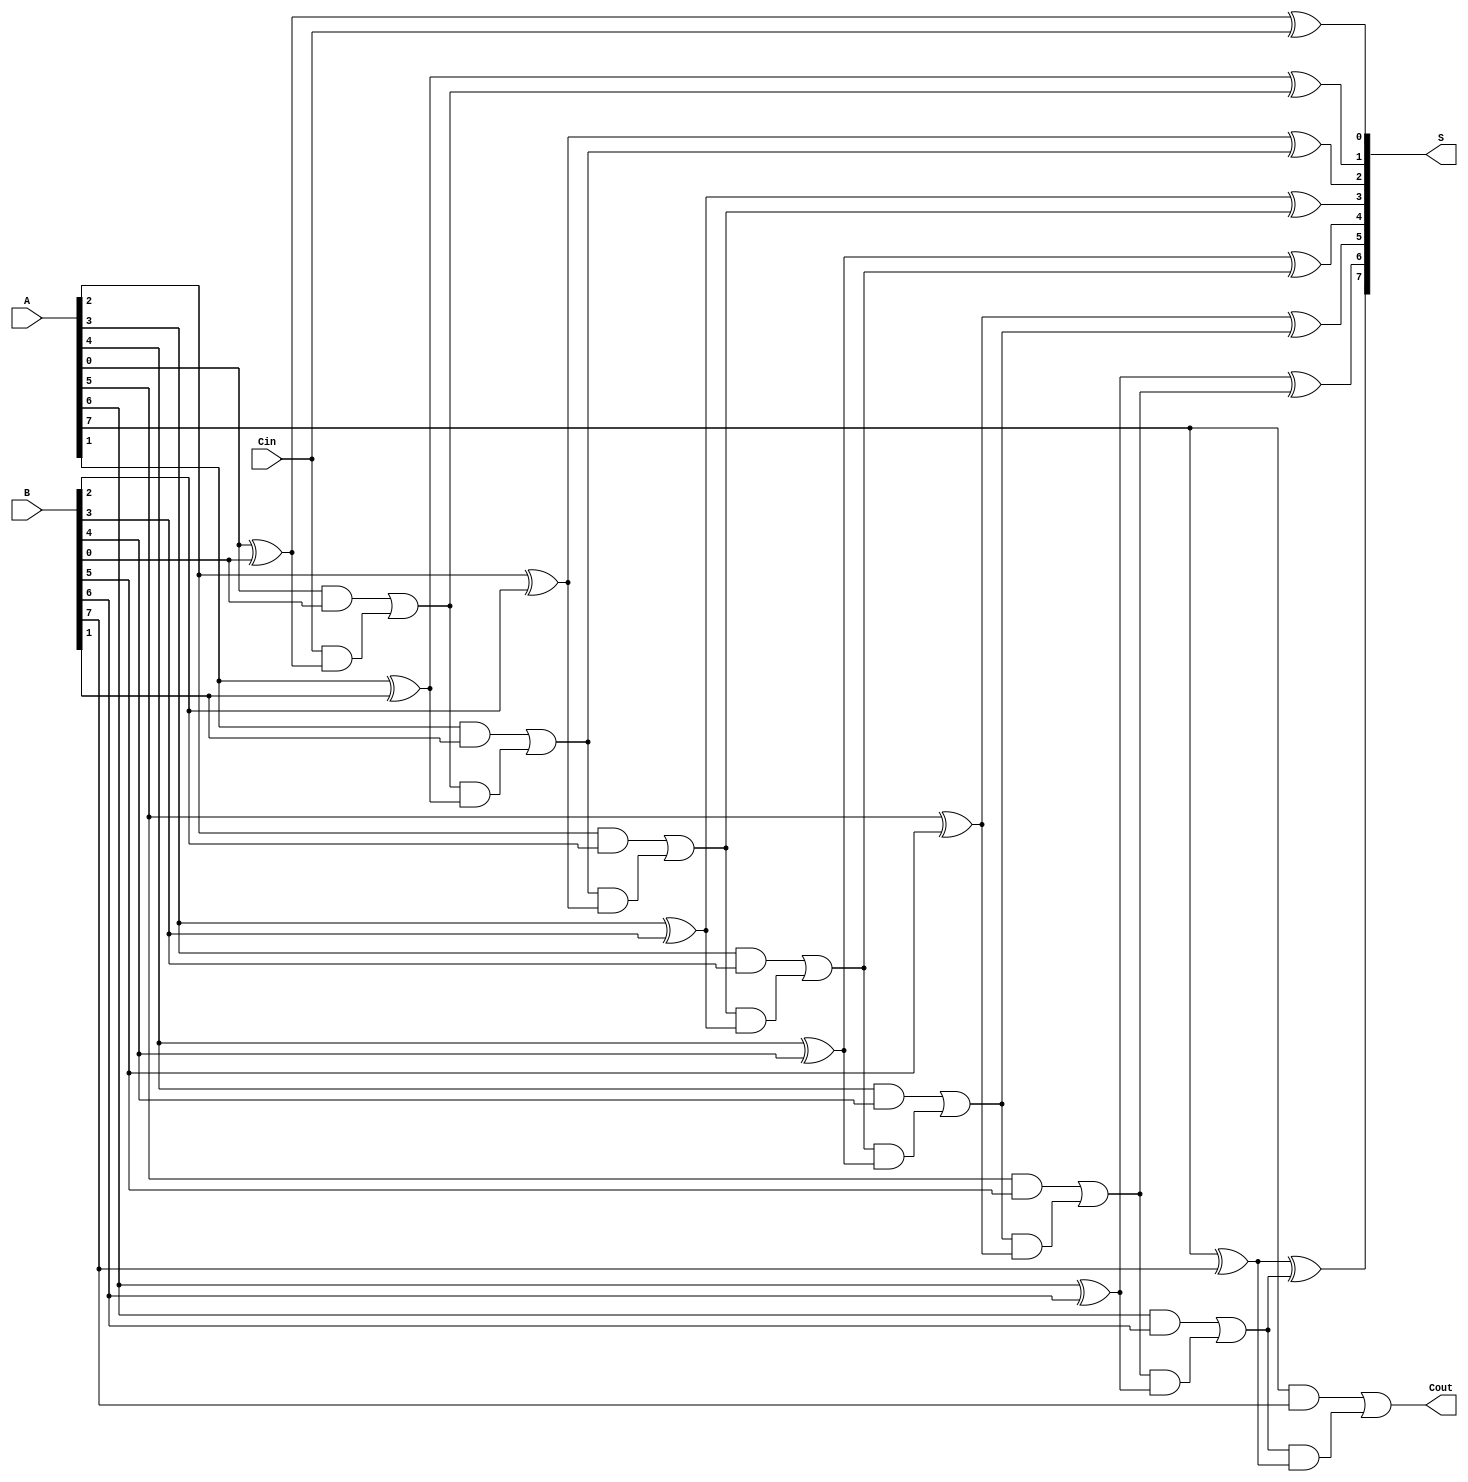
module ManchesterCarryChainAdder #(parameter WIDTH = 8) (
    input  [WIDTH-1:0] A,     // First binary number
    input  [WIDTH-1:0] B,     // Second binary number
    input  Cin,               // Carry-in signal
    output [WIDTH-1:0] S,     // Sum output
    output Cout               // Carry-out signal
);

    wire [WIDTH:0] C; // Carry signals, C[0] is the initial carry-in

    // Initial carry-in wire
    assign C[0] = Cin;

    // Bit-wise addition using Manchester carry chain technique
    genvar i;
    generate
        for (i = 0; i < WIDTH; i = i + 1) begin : adder
            // Sum calculation
            assign S[i] = A[i] ^ B[i] ^ C[i];

            // Carry calculation
            assign C[i+1] = (A[i] & B[i]) | (C[i] & (A[i] ^ B[i]));
        end
    endgenerate

    // Final carry-out
    assign Cout = C[WIDTH];

endmodule